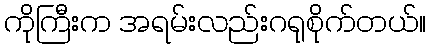
ကိုကြီးက အရမ်းလည်းဂရုစိုက်တယ်။